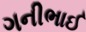
ગનીભાઈ